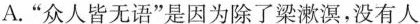
A.“众人皆无语”是因为除了梁漱溟,没有人